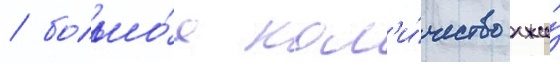
/ большо́е кол'и́чество лжи́